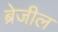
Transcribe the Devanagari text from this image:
ब्रेजील